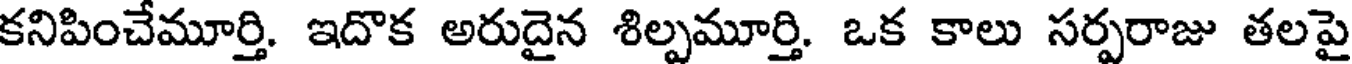
కనిపించేమూర్తి. ఇదొక అరుదైన శిల్పమూర్తి. ఒక కాలు సర్పరాజు తలపై